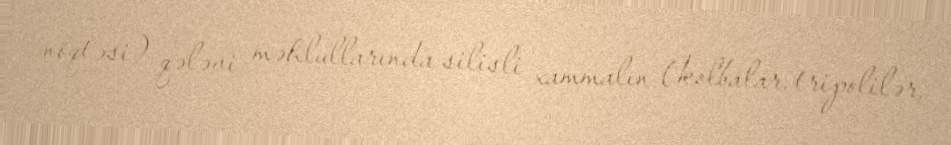
nöqtəsi) qələvi məhlullarında silisli xammalın (kolbalar, tripolilər,